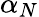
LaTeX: \alpha_{N}